Annual vaccination report of Bihar and Orissa - 1911-1928
Year: 1911
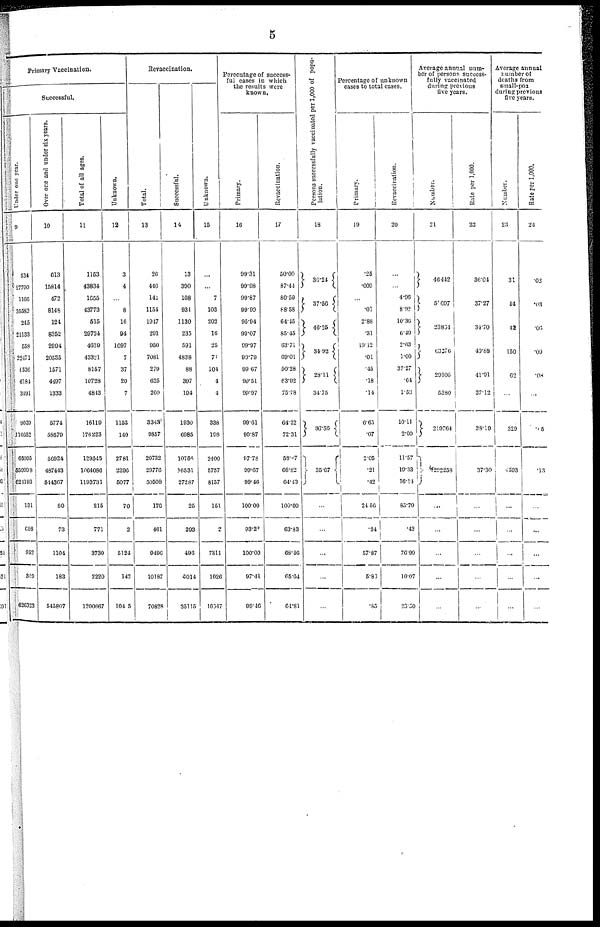
5
Primary Vaccination.
Successful.
Under one year.
9
534
27790
1166
35583
245
21133
558
22471
6530
6184
3491
9039
116652
65005
559098
621193
131
698
952
349
626323
Over one and under six years.
10
613
15814
472
8148
124
8352
2994
20535
1571
4497
1333
5774
58670
56924
487443
644367
80
73
1104
183
545807
Total of all ages.
11
1153
43834
1655
43773
515
20724
4639
43321
8157
10728
4843
16119
176223
129845
1064086
1193731
215
771
3730
2220
1200667
Unknown.
12
3
4
...
8
16
94
1097
7
37
20
7
1153
140
2781
2296
5077
70
2
5124
142
10405
Revaccination.
Total.
13
26
446
141
1154
1947
291
950
7081
279
625
260
3343
9857
20732
29776
50508
176
461
9496
10187
70828
Successful.
14
13
390
108
931
1130
235
591
4838
88
397
194
1930
6985
10756
16531
27287
25
293
496
6014
35115
Unknown.
15
...
...
7
103
202
16
25
71
104
4
4
338
198
2400
5757
8157
151
2
7311
1026
16647
Percentage of success-
ful cases in which
the results were
known.
Primary.
16
99.31
99.98
99.87
99.99
95.94
99.07
99.97
99.79
99.67
99.51
99.97
99.61
99.87
97.78
99.67
99.46
100.00
93.20
100.00
97.41
99.46
Revaccination.
17
50.00
87.44
80.59
88.58
64.45
85.45
63.71
69.01
50.28
63.92
75.78
64.22
72.31
58.67
68.82
64.43
100.00
63.83
68.46
65.64
64.81
Persons successfully vaccinated per 1,000 of popu-
lation.
18
36.24
37.56
46.25
34.92
28.11
34.75
36.86
35.67
...
...
...
...
...
Percentage of unknown
cases to total cases.
Primary.
19
.25
.009
...
.01
2.88
.31
19.12
.01
.45
.18
.14
6.65
.07
2.05
.21
.42
24.56
.24
57.87
5.80
.85
Revaccination.
20
...
...
4.96
8.92
10.36
6.49
2.63
1.00
37.27
.64
1.52
10.11
2.00
11.57
19.33
16.14
85.79
.43
76.99
10.07
23.50
Average annual num-
ber of persons success-
fully vaccinated
during previous
five years.
Number.
21
46442
50697
23834
63276
29105
5380
219764
292258
...
...
...
...
...
Rate per 1,000.
22
36.04
37.27
34.70
49.68
41.91
37.12
38.19
37.30
...
...
...
...
...
Average annual
number of
deaths from
small-pox
during previous
five years.
Number.
23
31
44
42
150
62
...
329
4593
...
...
...
...
...
Rate per 1,000.
24
.02
.03
.06
.09
.08
...
.05
.13
...
...
...
...
...